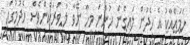
ހަމައެއާކު އެ ހެދުން ލައިގެން ހުންނަ މީހާ ނޭވާ ލާ ވަރަކުންވެސް ހެދުމުގައި